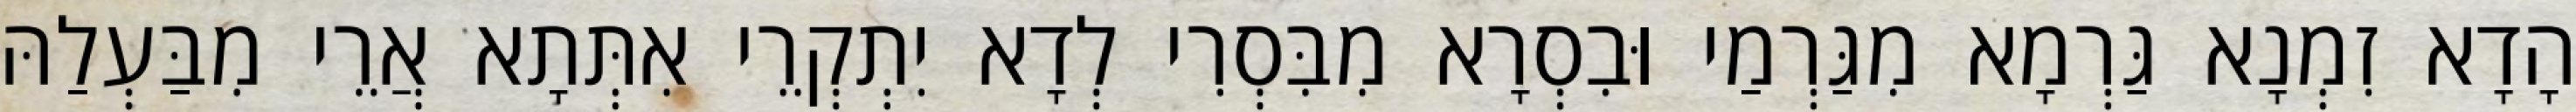
הָדָא זִמְנָא גַּרְמָא מִגַּרְמַי וּבִסְרָא מִבִּסְרִי לְדָא יִתְקְרֵי אִתְּתָא אֲרֵי מִבַּעְלַהּ